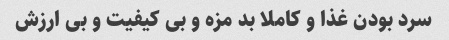
سرد بودن غذا و کاملا بد مزه و بی کیفیت و بی ارزش